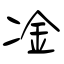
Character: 凎